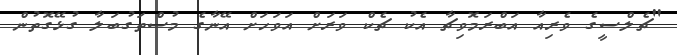
"ޗެލްސީގެ ވެރިއާ އަބްރަމޮވިޗާ އެކު ޗެކް ވަރަށް އަވަހަށް އޭނާގެ މުސްތަގުބަލާ ގުޅޭގޮތުން